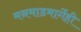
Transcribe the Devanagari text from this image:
मनमाडमार्गेही